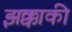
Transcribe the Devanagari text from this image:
झक्काकी